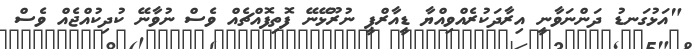
"އަޅުގަނޑު ދަންނަވާނީ އިރާދަކުރެއްވިއްޔާ ޑީއާރްޕީ ނުރޫޅޭނޭ ފޮތިފޮއްޗެއް ވެސް ނުވާނޭ ކުދިކުއްޖެއް ވެސް